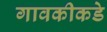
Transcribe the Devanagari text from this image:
गावकीकडे